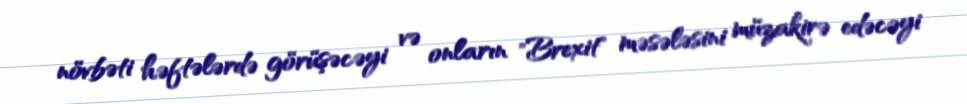
növbəti həftələrdə görüşəcəyi və onların "Brexit" məsələsini müzakirə edəcəyi